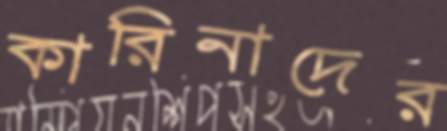
কারিনাদের